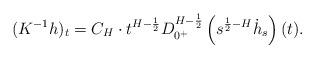
LaTeX: \begin{align*}(K^{-1}h)_{t}=C_{H}\cdot t^{H-\frac{1}{2}}D_{0^{+}}^{H-\frac{1}{2}}\left(s^{\frac{1}{2}-H}\dot{h}_{s}\right)(t).\end{align*}